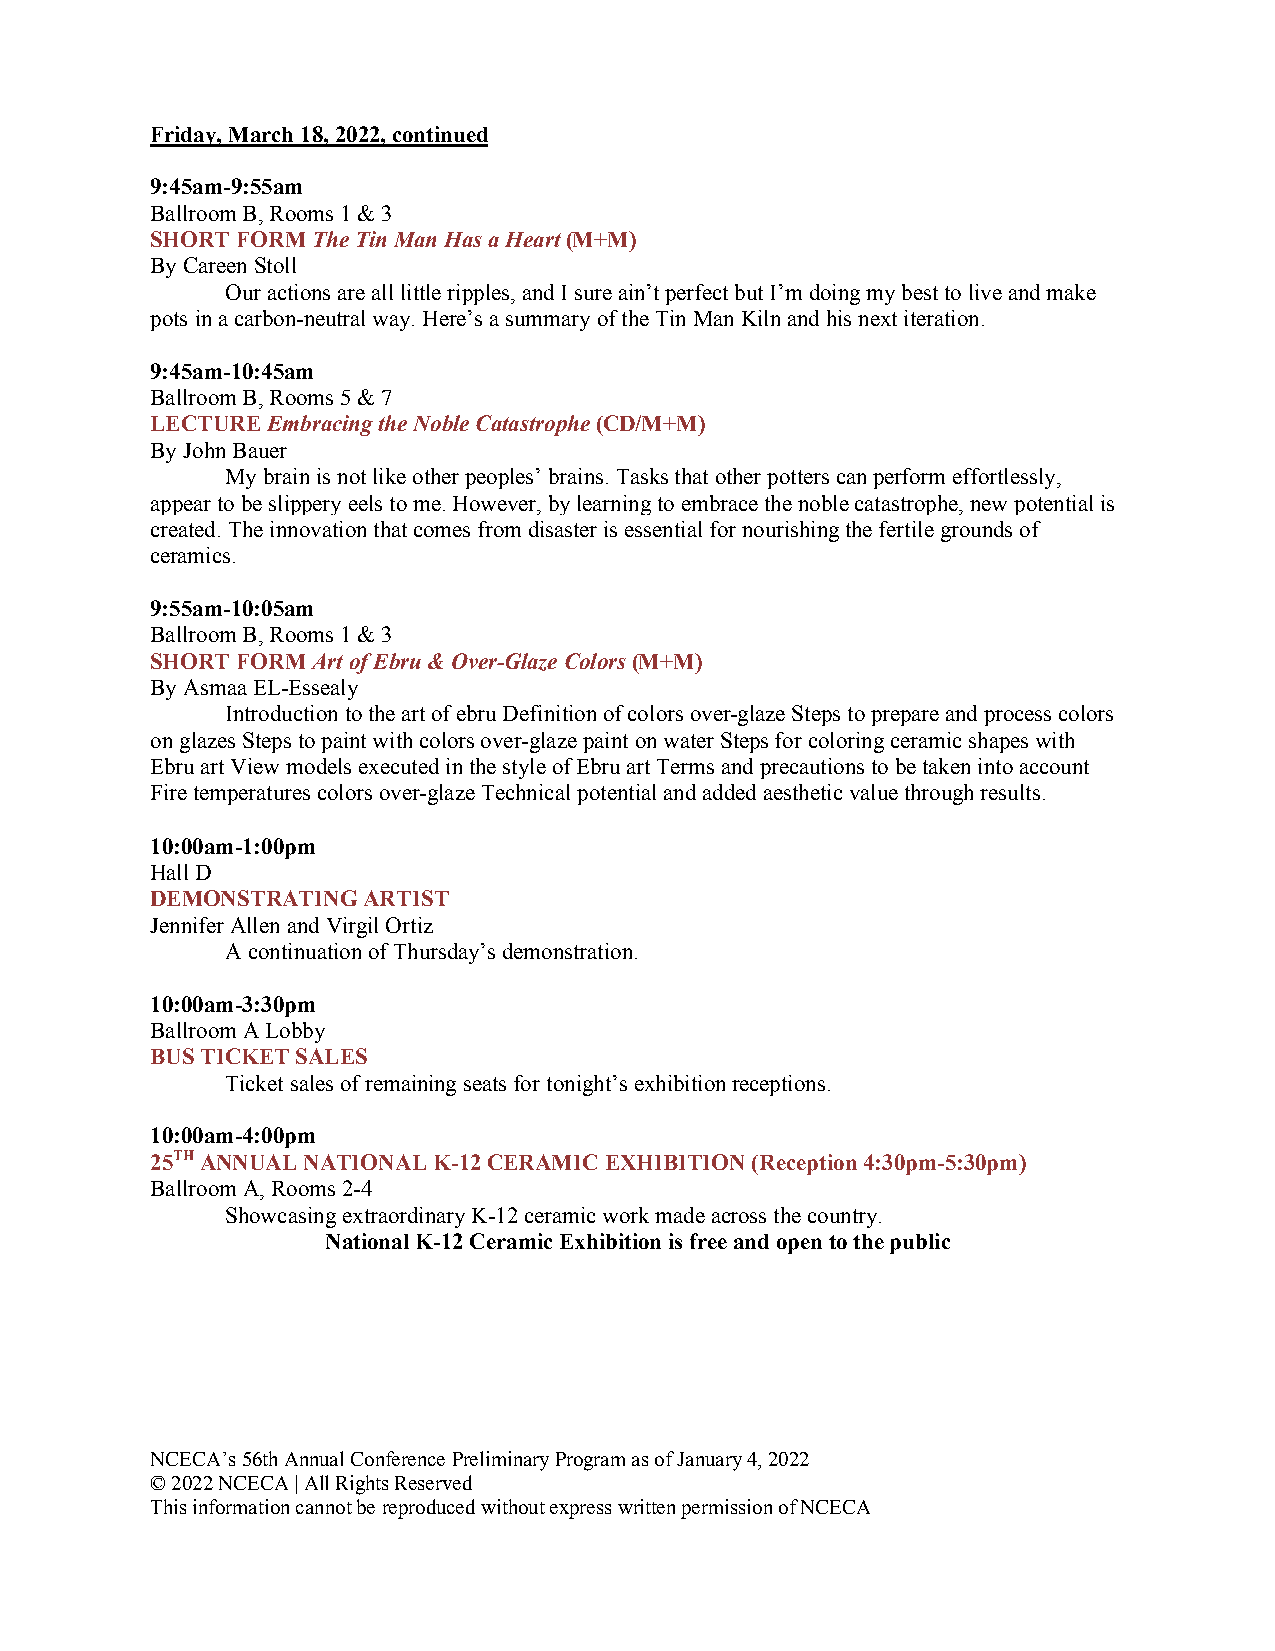
Friday, March 18, 2022, continued
 9:45am-9:55am
 Ballroom B, Rooms 1 & 3
 SHORT FORM The Tin Man Has a Heart (M+M)
 By Careen Stoll
 Our actions are all little ripples, and I sure ain’t perfect but I’m doing my best to live and make
 pots in a carbon-neutral way. Here’s a summary of the Tin Man Kiln and his next iteration.
 9:45am-10:45am
 Ballroom B, Rooms 5 & 7
 LECTURE Embracing the Noble Catastrophe (CD/M+M)
 By John Bauer
 My brain is not like other peoples’ brains. Tasks that other potters can perform effortlessly,
 appear to be slippery eels to me. However, by learning to embrace the noble catastrophe, new potential is
 created. The innovation that comes from disaster is essential for nourishing the fertile grounds of
 ceramics.
 9:55am-10:05am
 Ballroom B, Rooms 1 & 3
 SHORT FORM Art of Ebru & Over-Glaze Colors (M+M)
 By Asmaa EL-Essealy
 Introduction to the art of ebru Definition of colors over-glaze Steps to prepare and process colors
 on glazes Steps to paint with colors over-glaze paint on water Steps for coloring ceramic shapes with
 Ebru art View models executed in the style of Ebru art Terms and precautions to be taken into account
 Fire temperatures colors over-glaze Technical potential and added aesthetic value through results.
 10:00am-1:00pm
 Hall D
 DEMONSTRATING ARTIST
 Jennifer Allen and Virgil Ortiz
 A continuation of Thursday’s demonstration.
 10:00am-3:30pm
 Ballroom A Lobby
 BUS TICKET SALES
 Ticket sales of remaining seats for tonight’s exhibition receptions.
 10:00am-4:00pm
 25TH ANNUAL NATIONAL K-12 CERAMIC EXHIBITION (Reception 4:30pm-5:30pm)
 Ballroom A, Rooms 2-4
 Showcasing extraordinary K-12 ceramic work made across the country.
 National K-12 Ceramic Exhibition is free and open to the public
 NCECA’s 56th Annual Conference Preliminary Program as of January 4, 2022
 © 2022 NCECA | All Rights Reserved
 This information cannot be reproduced without express written permission of NCECA